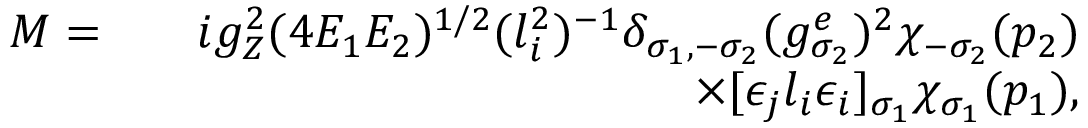
\begin{array} { r l r } { { \cal M } = } & { } & { i g _ { Z } ^ { 2 } ( 4 E _ { 1 } E _ { 2 } ) ^ { 1 / 2 } ( l _ { i } ^ { 2 } ) ^ { - 1 } \delta _ { \sigma _ { 1 } , - \sigma _ { 2 } } ( g _ { \sigma _ { 2 } } ^ { e } ) ^ { 2 } \chi _ { - \sigma _ { 2 } } ( p _ { 2 } ) } \\ & { } & { \times [ \epsilon _ { j } l _ { i } \epsilon _ { i } ] _ { \sigma _ { 1 } } \chi _ { \sigma _ { 1 } } ( p _ { 1 } ) , } \end{array}